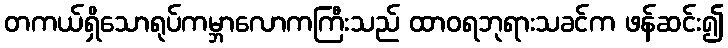
တကယ်ရှိသောရုပ်ကမ္ဘာလောကကြီးသည် ထာဝရဘုရားသခင်က ဖန်ဆင်း၍